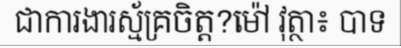
ជាការងារស្ម័គ្រចិត្ត?ម៉ៅ វុត្ថា៖ បាទ